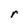
Character: r